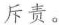
斥责。